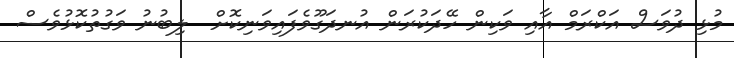
މުޅި ދުވަސް އަކްރަމް އާއި ވަކިން ހޭދަކުރަން އުނދަގޫވެފައިވަނިކޮށް  ލިބުނު ވަގުތުކޮޅުވެސް